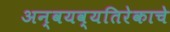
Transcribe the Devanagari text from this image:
अन्वयव्यतिरेकाचे